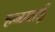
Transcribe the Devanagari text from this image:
हब्स्याई